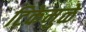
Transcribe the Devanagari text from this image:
टिकेमुळे